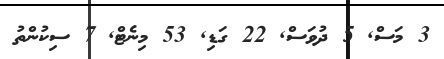
3 މަސް